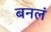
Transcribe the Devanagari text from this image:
बनलं